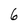
Character: 6